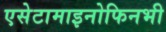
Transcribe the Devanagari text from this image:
एसेटामाइनोफिनभी